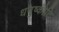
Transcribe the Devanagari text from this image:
धनुष्कोटि